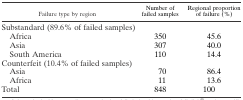
| Failure type by region | Number of failed samples | Regional proportion of failure (%) |
 | --- | --- | --- |
 | <COLSPAN=3> Substandard (89.6% of failed samples) |
 | Africa | 350 | 45.6 |
 | Asia | 307 | 40.0 |
 | South America | 110 | 14.4 |
 | <COLSPAN=3> Counterfeit (10.4% of failed samples) |
 | Asia | 70 | 86.4 |
 | Africa | 11 | 13.6 |
 | Total | 848 | 100 |